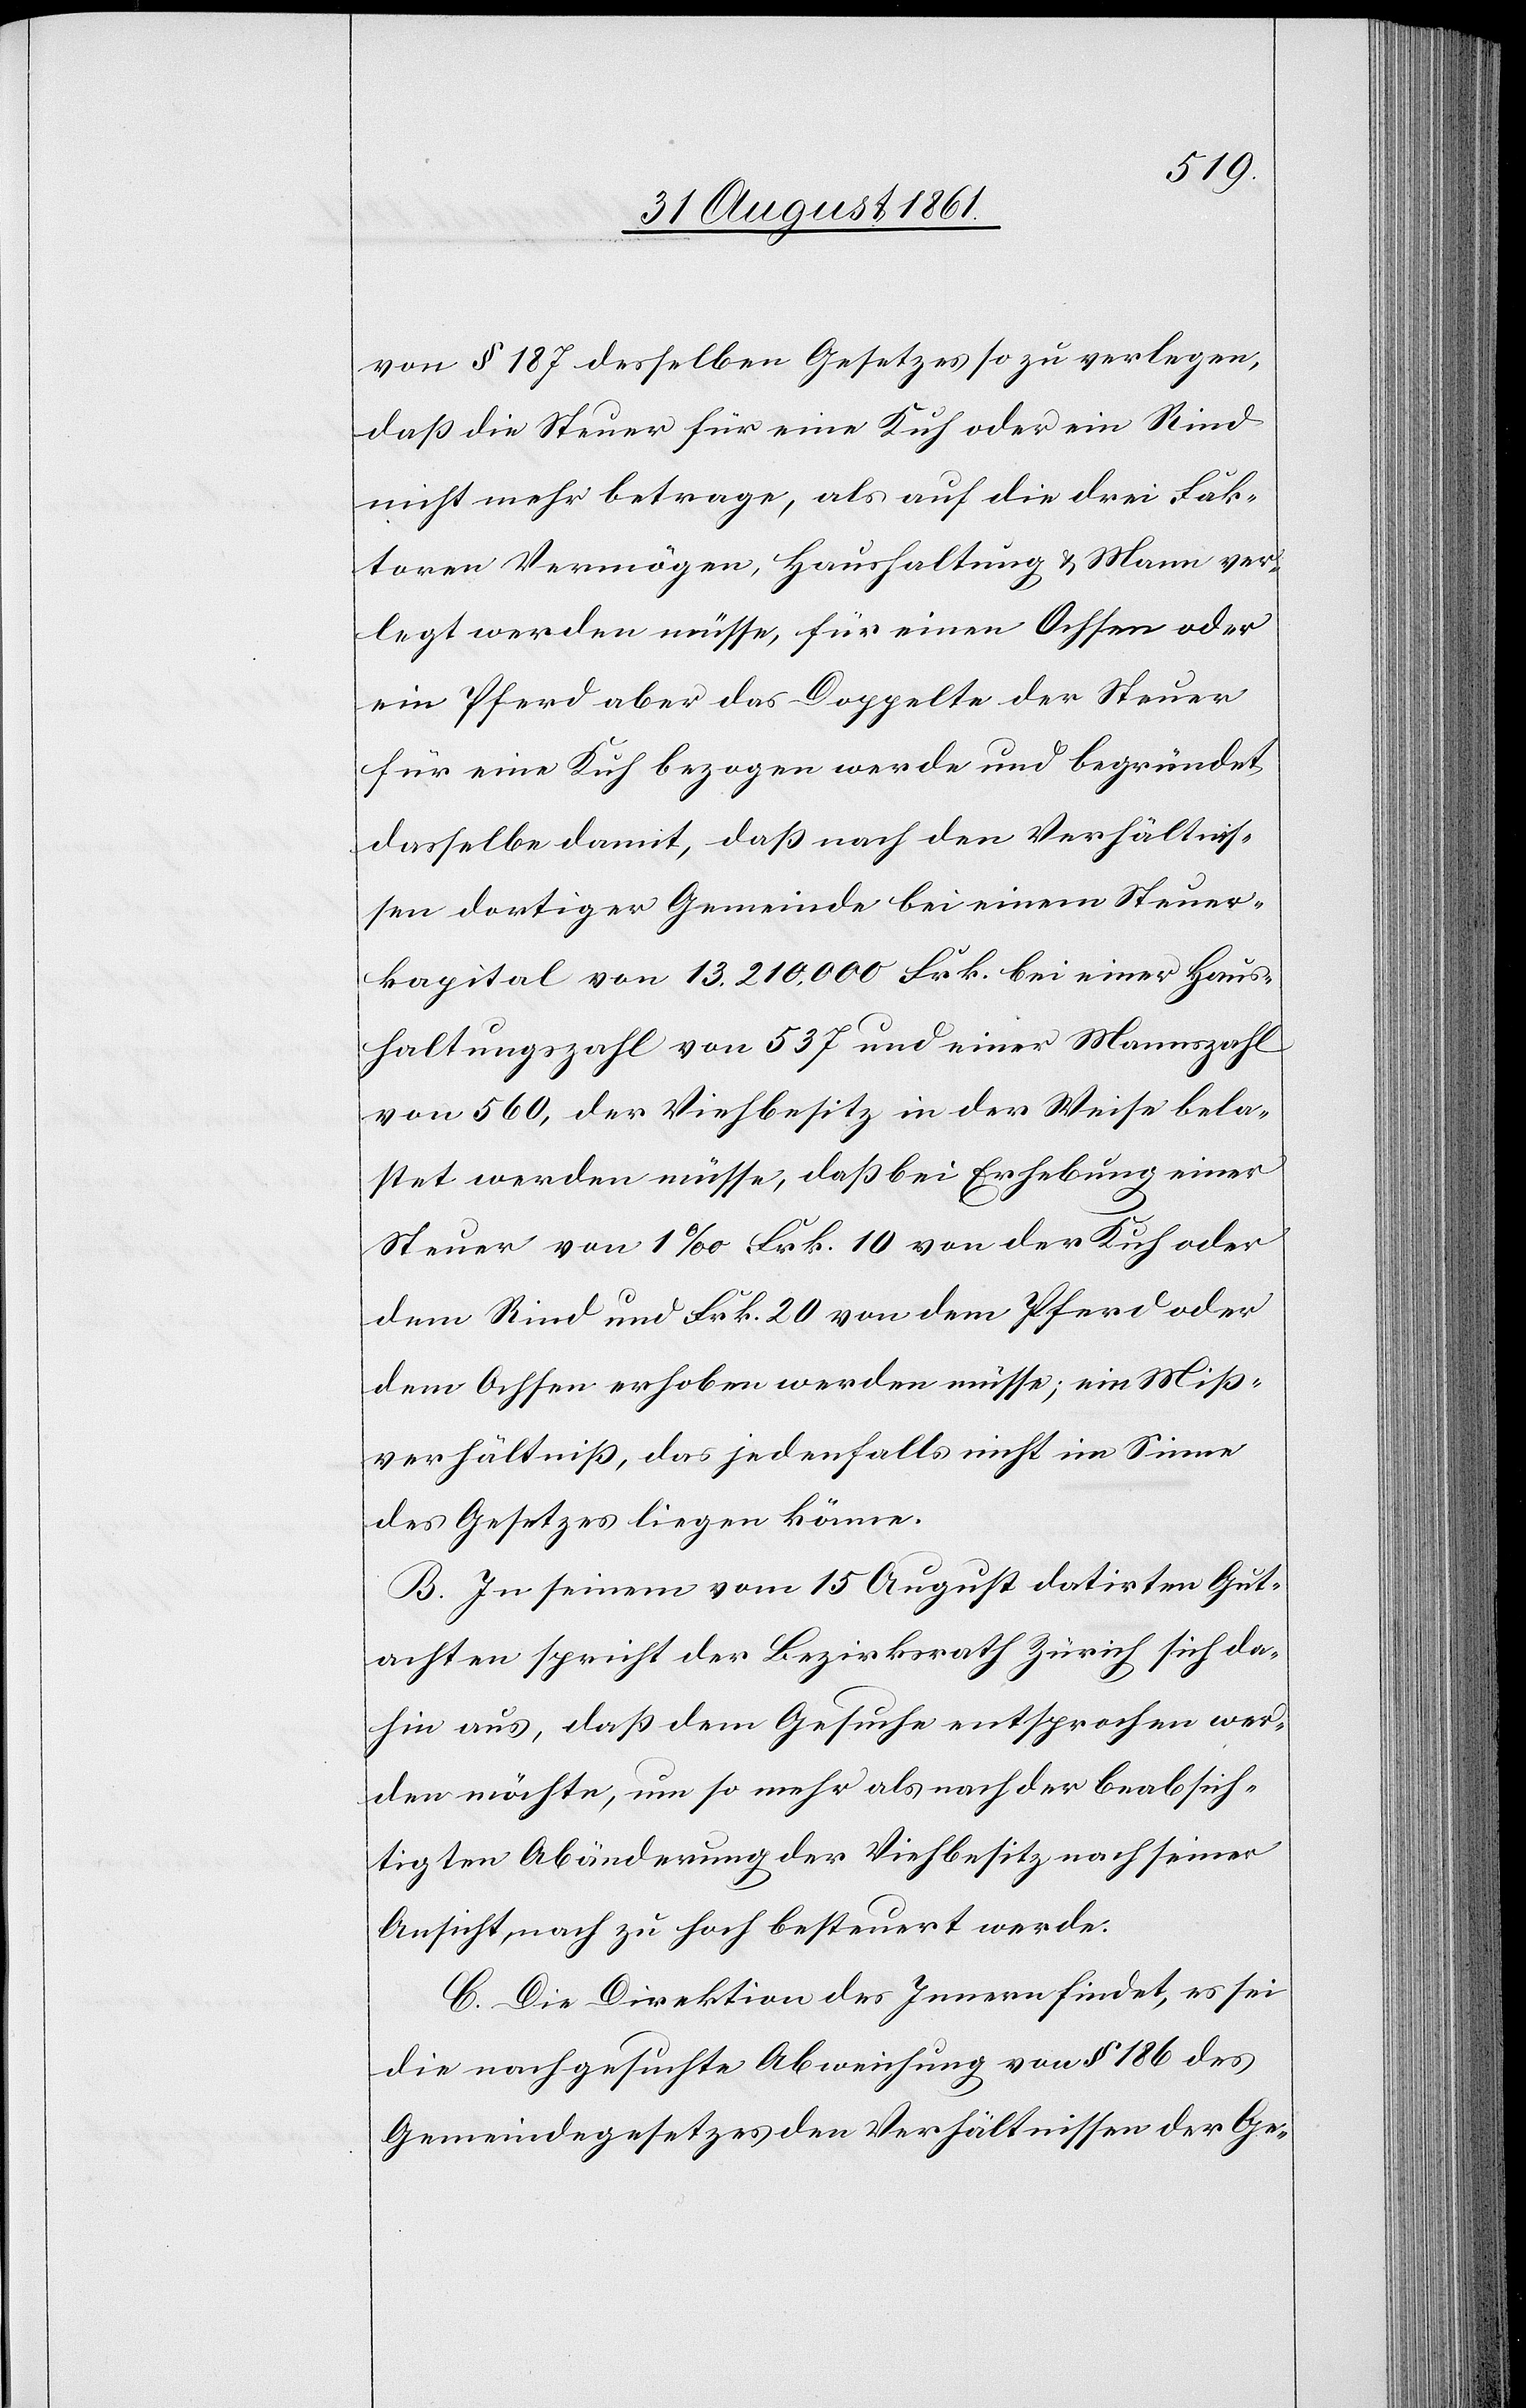
von § 187 desselben Gesetzes so zu verlegen,
daß die Steuer für eine Kuh oder ein Rind
nicht mehr betrage, als auf die drei Fak¬
toren Vermögen, Haushaltung u. Mann ver¬
legt werden müsse, für einen Ochsen oder
ein Pferd aber das Doppelte der Steuer
für eine Kuh bezogen werde und begründet
dasselbe damit, daß nach den Verhältnis¬
sen dortiger Gemeinde bei einem Steuer¬
kapital von 13.210.000 Frk. bei einer Haus¬
haltungszahl von 537 und einer Mannszahl
von 560, der Viehbesitz in der Weise bela¬
stet werden müsse, daß bei Erhebung einer
Steuer von 1‰ Frk. 10 von der Kuh oder
dem Rind und Frk. 20 von dem Pferd oder
dem Ochsen erhoben werden müsse; ein Miß¬
verhältniß, das jedenfalls nicht im Sinne
des Gesetzes liegen könne.
B. In seinem vom 15 August datirten Gut¬
achten spricht der Bezirksrath Zürich sich da¬
hin aus, daß dem Gesuche entsprochen wer¬
den möchte, um so mehr als nach der beabsich¬
tigten Abänderung der Viehbesitz nach seiner
Ansicht nach zu hoch besteuert werde.
C. Die Direktion des Innern findet, es sei
die nachgesuchte Abweichung von § 186 des
Gemeindegesetzes den Verhältnissen der Ge-